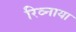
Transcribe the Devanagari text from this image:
रिव्नाया